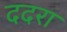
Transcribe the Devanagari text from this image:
ददरा